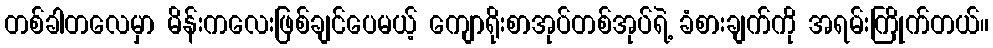
တစ်ခါတလေမှာ မိန်းကလေးဖြစ်ချင်ပေမယ့် ကျောရိုးစာအုပ်တစ်အုပ်ရဲ့ ခံစားချက်ကို အရမ်းကြိုက်တယ်။